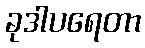
ခုဒါပရေတာ